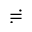
\risingdotseq